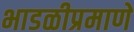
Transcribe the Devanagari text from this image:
भाडळीप्रमाणे